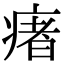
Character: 瘏